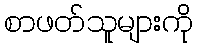
စာဖတ်သူများကို